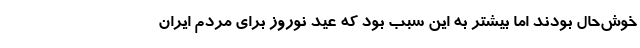
خوش‌حال بودند اما بیشتر به این سبب بود که عید نوروز برای مردم ایران